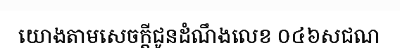
យោងតាមសេចក្តីជូនដំណឹងលេខ ០៤៦សជណ